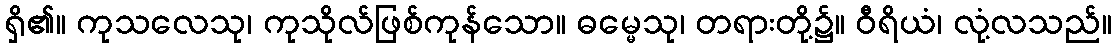
ရှိ၏။ ကုသလေသု၊ ကုသိုလ်ဖြစ်ကုန်သော။ ဓမ္မေသု၊ တရားတို့၌။ ဝီရိယံ၊ လုံ့လသည်။